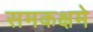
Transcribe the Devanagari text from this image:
समकक्षमे